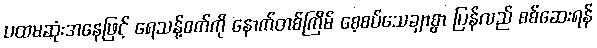
ပထမဆုံးအနေဖြင့် ရေသန့်စက်ကို နောက်တစ်ကြိမ် စေ့စပ်သေချာစွာ ပြန်လည် စစ်ဆေးရန်